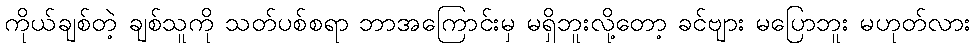
ကိုယ်ချစ်တဲ့ ချစ်သူကို သတ်ပစ်စရာ ဘာအကြောင်းမှ မရှိဘူးလို့တော့ ခင်ဗျား မပြောဘူး မဟုတ်လား